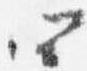
四